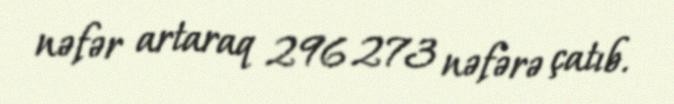
nəfər artaraq 296 273 nəfərə çatıb.